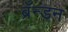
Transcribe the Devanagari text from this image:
ब्रँन्डन